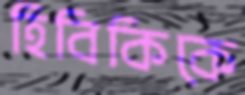
হিবিকিকে